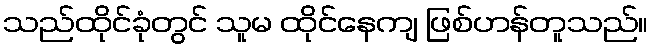
သည်ထိုင်ခုံတွင် သူမ ထိုင်နေကျ ဖြစ်ဟန်တူသည်။